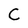
Character: C